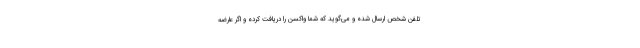
تلفن شخص ارسال شده و می‌گوید که شما واکسن را دریافت کرده و اگر عارضه